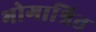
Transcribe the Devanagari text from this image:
भोगाश्रित